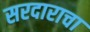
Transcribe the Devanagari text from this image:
सरदाराचा